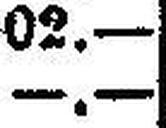
—.—